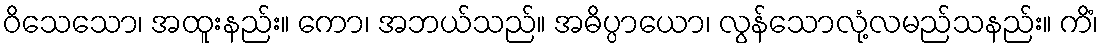
ဝိသေသော၊ အထူးနည်း။ ကော၊ အဘယ်သည်။ အဓိပ္ပာယော၊ လွန်သောလုံ့လမည်သနည်း။ ကိံ၊